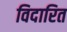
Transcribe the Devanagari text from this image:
विदारित